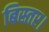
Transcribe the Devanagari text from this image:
बिस्तर।